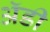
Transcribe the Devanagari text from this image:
अॅडी